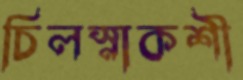
চিলস্নাকশী